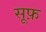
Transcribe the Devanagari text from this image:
सूफ़